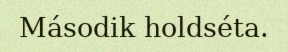
Második holdséta.